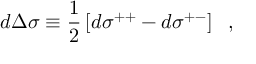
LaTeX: d \Delta \sigma \equiv \frac { 1 } { 2 } \left[ d \sigma ^ { + + } - d \sigma ^ { + - } \right] \; \; ,